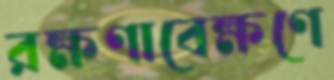
রক্ষণাবেক্ষণে